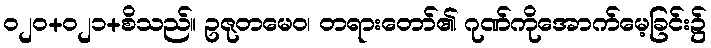
ဝ၂၀+၀၂၁+စိသည်။ ဥဇုတမေဝ၊ တရားတော်၏ ဂုဏ်ကိုအောက်မေ့ခြင်း၌